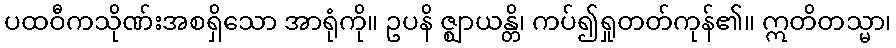
ပထဝီကသိုဏ်းအစရှိသော အာရုံကို။ ဥပနိ ဇ္ဈာယန္တိ၊ ကပ်၍ရှုတတ်ကုန်၏။ ဣတိတသ္မာ၊